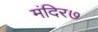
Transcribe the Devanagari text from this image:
मंदिर७